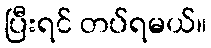
ပြီးရင် တပ်ရမယ်။